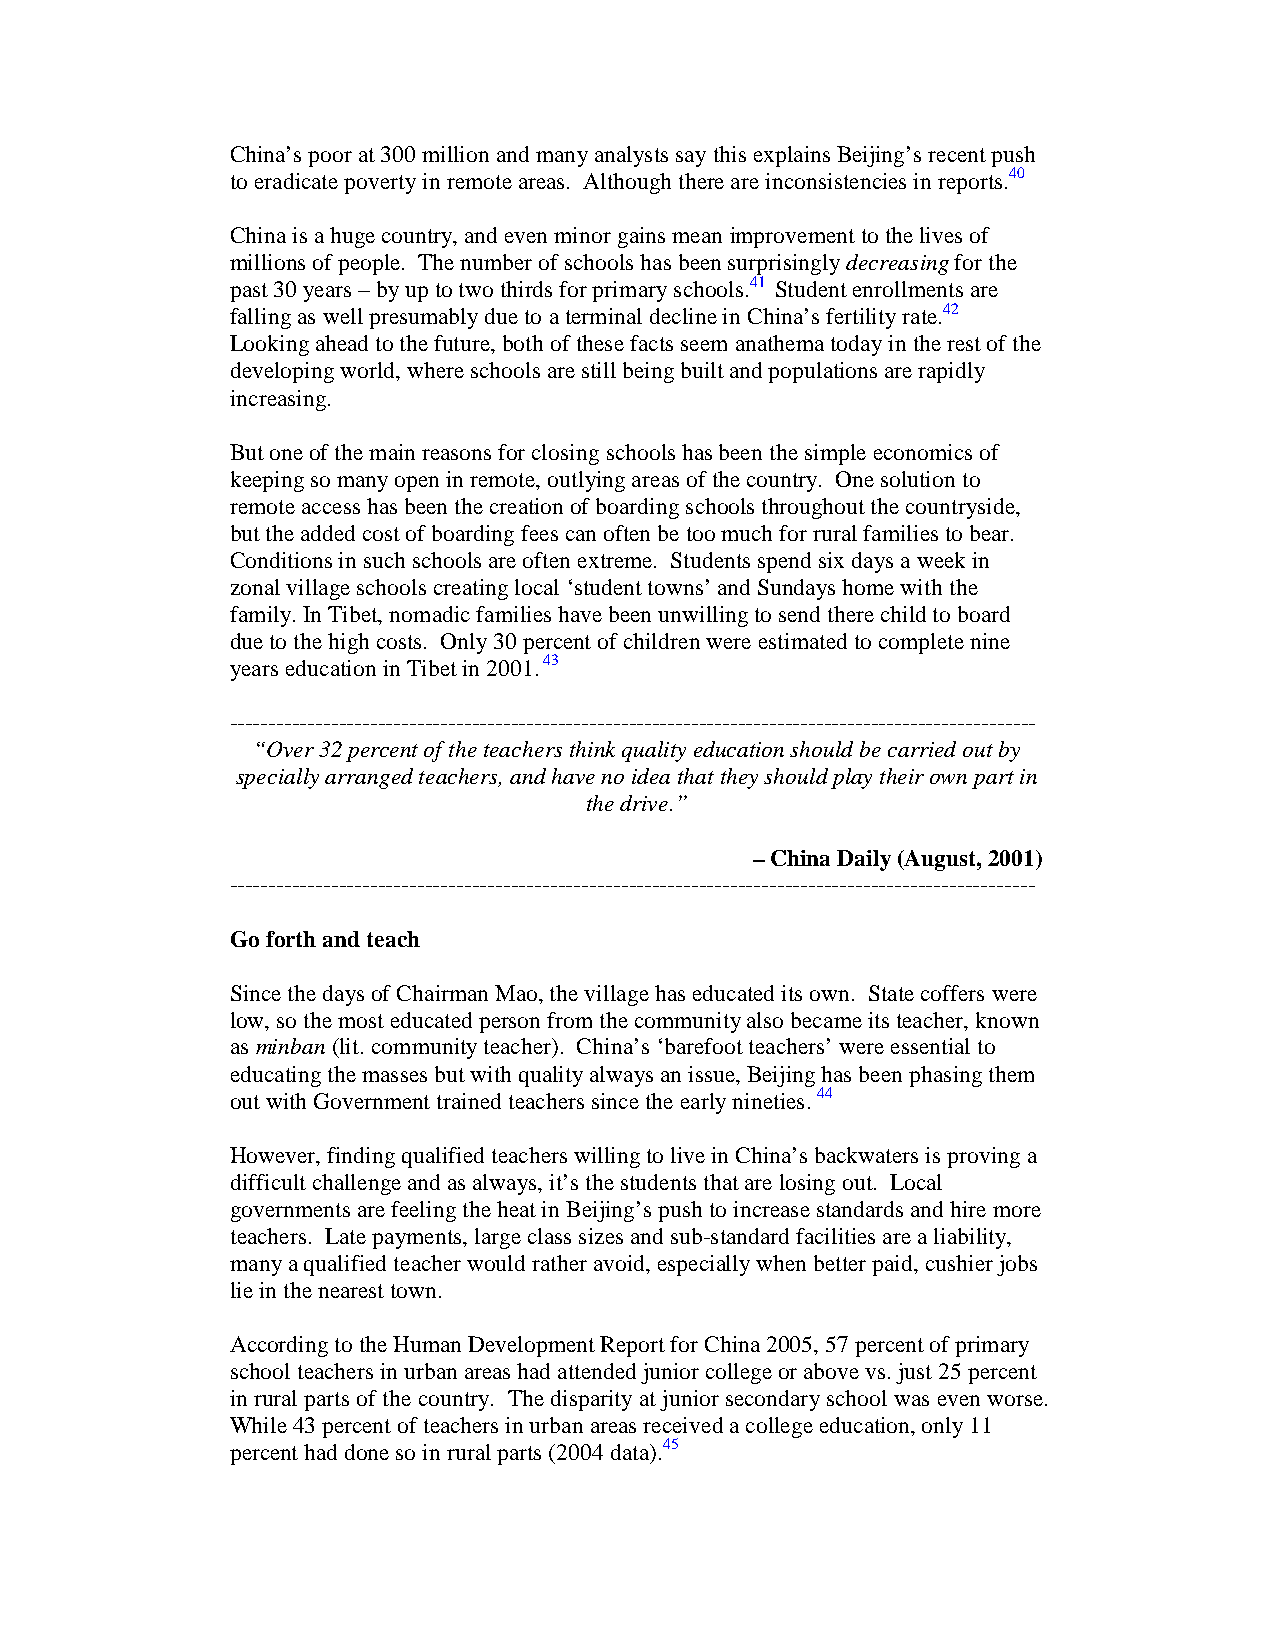
China’s poor at 300 million and many analysts say this explains Beijing’s recent push
 to eradicate poverty in remote areas. Although there are inconsistencies in reports.40
 China is a huge country, and even minor gains mean improvement to the lives of
 millions of people. The number of schools has been surprisingly decreasing for the
 past 30 years – by up to two thirds for primary schools.41 Student enrollments are
 falling as well presumably due to a terminal decline in China’s fertility rate.42
 Looking ahead to the future, both of these facts seem anathema today in the rest of the
 developing world, where schools are still being built and populations are rapidly
 increasing.
 But one of the main reasons for closing schools has been the simple economics of
 keeping so many open in remote, outlying areas of the country. One solution to
 remote access has been the creation of boarding schools throughout the countryside,
 but the added cost of boarding fees can often be too much for rural families to bear.
 Conditions in such schools are often extreme. Students spend six days a week in
 zonal village schools creating local ‘student towns’ and Sundays home with the
 family. In Tibet, nomadic families have been unwilling to send there child to board
 due to the high costs. Only 30 percent of children were estimated to complete nine
 years education in Tibet in 2001. 43
 -------------------------------------------------------------------------------------------------------
 “Over 32 percent of the teachers think quality education should be carried out by
 specially arranged teachers, and have no idea that they should play their own part in
 the drive.”
 – China Daily (August, 2001)
 -------------------------------------------------------------------------------------------------------
 Go forth and teach
 Since the days of Chairman Mao, the village has educated its own. State coffers were
 low, so the most educated person from the community also became its teacher, known
 as minban (lit. community teacher). China’s ‘barefoot teachers’ were essential to
 educating the masses but with quality always an issue, Beijing has been phasing them
 out with Government trained teachers since the early nineties. 44
 However, finding qualified teachers willing to live in China’s backwaters is proving a
 difficult challenge and as always, it’s the students that are losing out. Local
 governments are feeling the heat in Beijing’s push to increase standards and hire more
 teachers. Late payments, large class sizes and sub-standard facilities are a liability,
 many a qualified teacher would rather avoid, especially when better paid, cushier jobs
 lie in the nearest town.
 According to the Human Development Report for China 2005, 57 percent of primary
 school teachers in urban areas had attended junior college or above vs. just 25 percent
 in rural parts of the country. The disparity at junior secondary school was even worse.
 While 43 percent of teachers in urban areas received a college education, only 11
 percent had done so in rural parts (2004 data).45